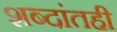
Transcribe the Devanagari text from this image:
शब्दांतही